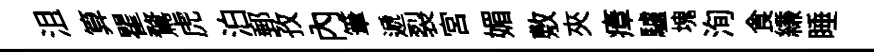
沮算瞿鶩虎泊郵孜內筆遞裂宫媚敷夾瘴驢塊洵食縑睡